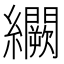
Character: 𬘒